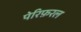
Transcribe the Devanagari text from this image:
पेरिफ़रल